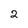
Character: 2